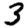
Digit: 3